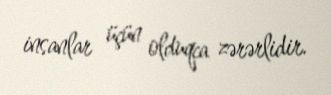
insanlar üçün olduqca zərərlidir.